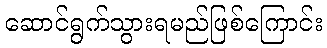
ဆောင်ရွက်သွားရမည်ဖြစ်ကြောင်း